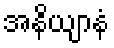
အနိယျာနံ